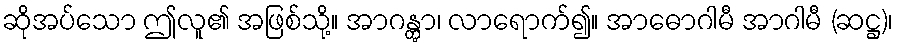
ဆိုအပ်သော ဤလူ၏ အဖြစ်သို့။ အာဂန္တွာ၊ လာရောက်၍။ အာဓောဂါမီ အာဂါမီ (ဆဋ္ဌ)၊